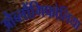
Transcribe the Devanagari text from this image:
औब्लौंगिफोलिया